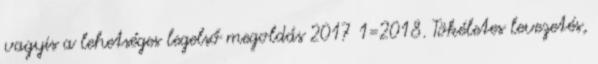
vagyis a lehetséges legelső megoldás 2017 1=2018. Tökéletes levezetés,